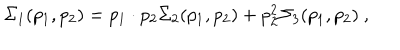
LaTeX: \Sigma _ { 1 } ( p _ { 1 } , p _ { 2 } ) = p _ { 1 } \cdot p _ { 2 } \Sigma _ { 2 } ( p _ { 1 } , p _ { 2 } ) + p _ { 2 } ^ { 2 } \Sigma _ { 3 } ( p _ { 1 } , p _ { 2 } ) \ ,